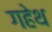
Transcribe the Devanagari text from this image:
गहेथ